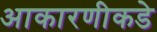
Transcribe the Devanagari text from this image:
आकारणीकडे